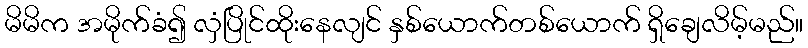
မိမိက အမိုက်ခံ၍ လှံပြိုင်ထိုးနေလျင် နှစ်ယောက်တစ်ယောက် ရှိချေလိမ့်မည်။